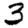
Digit: 3